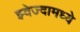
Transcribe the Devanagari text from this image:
झ्वेज्दामध्ये